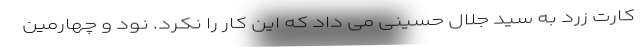
کارت زرد به سید جلال حسینی می داد که این کار را نکرد. نود و چهارمین